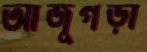
আজুগড়া